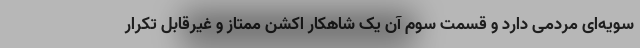
سویه‌ای مردمی دارد و قسمت سوم آن یک شاهکار اکشن ممتاز و غیرقابل تکرار